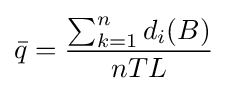
{\bar {q}}={\frac {\sum _{k=1}^{n}d_{i}(B)}{nTL}}